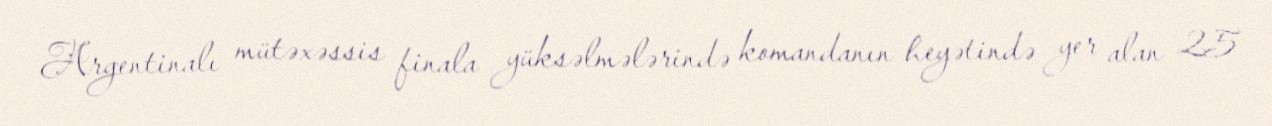
Argentinalı mütəxəssis finala yüksəlmələrində komandanın heyətində yer alan 25